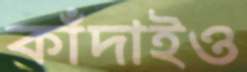
কাঁদাইও